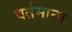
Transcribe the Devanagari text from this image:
वर्तमाना